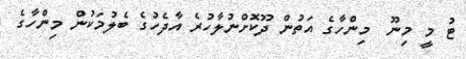
ޓު މީ މިނޫ  މިންހާގެ އަތުން ދޫކޮށްނުލާހުރެ އާދެހުގެ ބެލުމަކުން މިންހާގެ